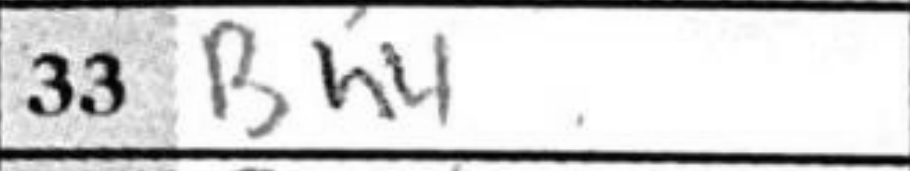
Transcription: Bh4